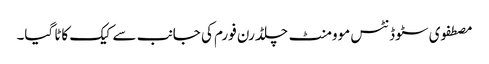
مصطفوی سٹوڈنٹس موومنٹ چلڈرن فورم کی جانب سے کیک کاٹا گیا۔